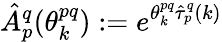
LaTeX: \hat{A}_{p}^{q}(\theta_{k}^{pq}):=e^{\theta_{k}^{pq}\hat{\tau}_{p}^{q}(k)}